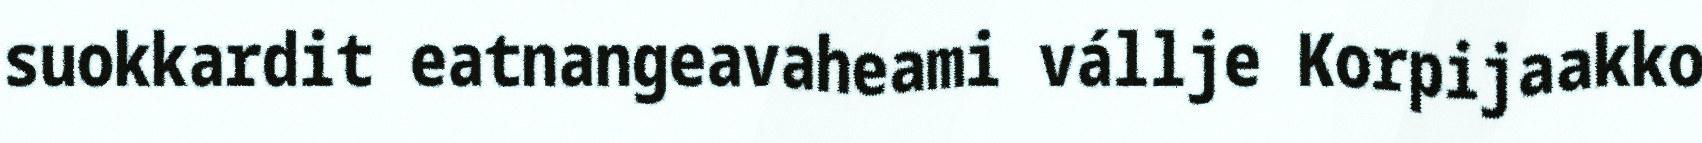
suokkardit eatnangeavaheami vállje Korpijaakko